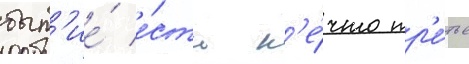
быт'ие́ е́сть н'е́что тр'е́тье